Leaving Certificate Examination, 1920
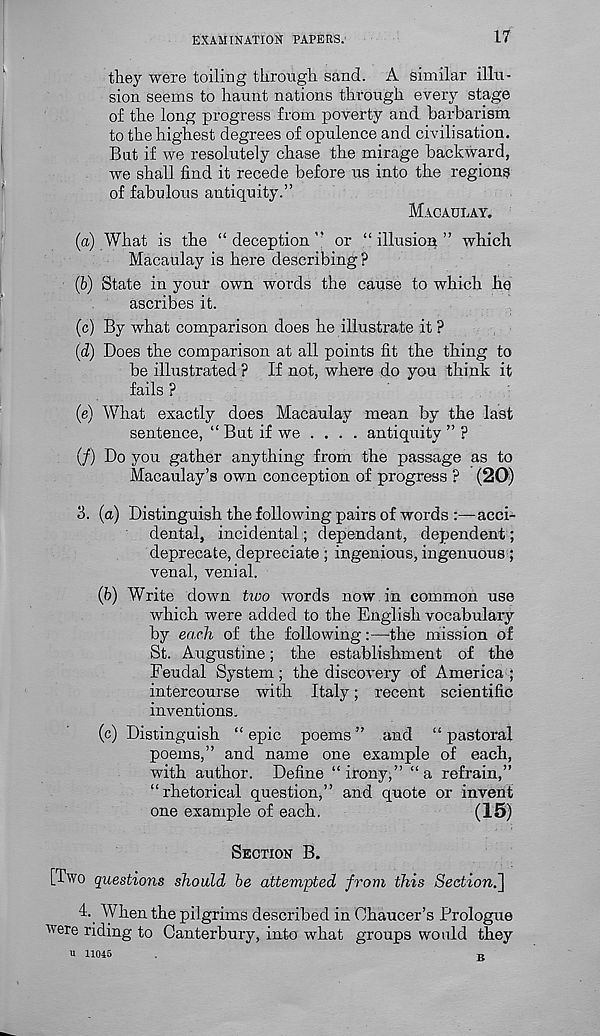
EXAMINATION PAPEKS.
17
they were toiling through sand. A similar illu-
sion seems to haunt nations through every stage
of the long progress from poverty and barbarism
to the highest degrees of opulence and civilisation.
But if we resolutely chase the mirage backward,
we shall find it recede before us into the regions
of fabulous antiquity.”
MACAULAY.
(a) What is the “deception” or “illusion” which
Macaulay is here describing?
(b) State in your own words the cause to which he
ascribes it.
(c) By what comparison does he illustrate it ?
(d) Does the comparison at all points fit the thing to
be illustrated ? If not, where do you think it
fails ?
(e) What exactly does Macaulay mean by the last
sentence, “ But if we ... . antiquity ” ?
(/) Do you gather anything from the passage as to
Macaulay’s own conception of progress ? (20)
3. (a) Distinguish the following pairs of words :—acci-
dental, incidental; dependant, dependent;
deprecate, depreciate ; ingenious, ingenuous ;
venal, venial.
(b) Write down two words now in common use
which were added to the English vocabulary
by each of the following:—the mission of
St. Augustine; the establishment of the
Feudal System; the discovery of America ;
intercourse with Italy; recent scientific
inventions.
(c) Distinguish “ epic poems ” and “ pastoral
poems,” and name one example of each,
with author. Define “irony,” “a refrain,”
“rhetorical question,” and quote or invent
one example of each,
(15)
SECTION B.
[Two questions should be attempted from this Seetionf]
4. When the pilgrims described in Chaucer’s Prologue
were riding to Canterbury, into what groups would they
u 11045
.
T.